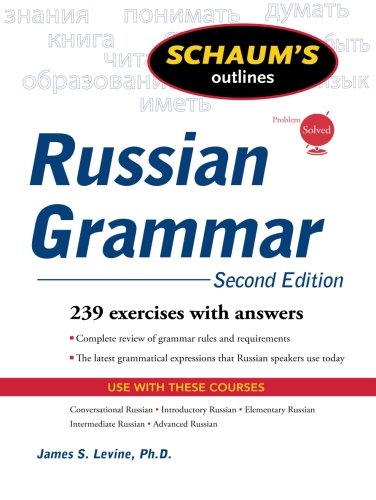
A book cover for Schaum's Outline of Russian Grammar, Second Edition (Schaum's Outlines); James Levine; Medical Books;